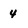
Character: 4